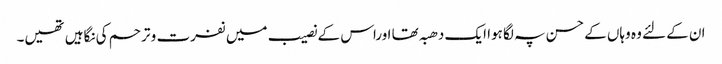
ان کے لئے وہ وہاں کے حسن پہ لگا ہوا ایک دھبہ تھا اوراس کے نصیب میں نفرت و ترحم کی نگاہیں تھیں۔